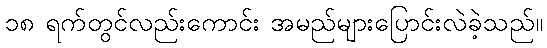
၁၈ ရက်တွင်လည်းကောင်း အမည်များပြောင်းလဲခဲ့သည်။